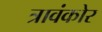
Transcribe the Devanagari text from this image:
त्रावंकोर